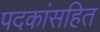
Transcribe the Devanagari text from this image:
पदकांसहित